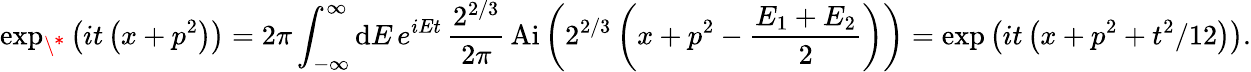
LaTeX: \exp_{\* }\left(it\left(x+p^{2}\right)\right)=2\pi\int_{-\infty}^{\infty}\mathrm{d}E\, e^{iEt}\, \frac{{2^{2/3}}}{{2\pi}}\, \mathrm{{Ai}}\left(2^{2/3}\left(x+p^{2}-\frac{{E_{1}+E_{2}}}{{2}}\right)\right)=\exp\left(it\left(x+p^{2}+t^{2}/12\right)\right).